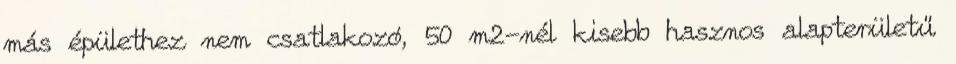
más épülethez nem csatlakozó, 50 m2-nél kisebb hasznos alapterületű